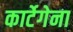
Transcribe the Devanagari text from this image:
कार्टेगेना